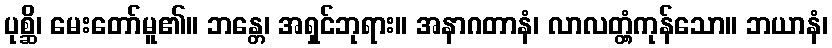
ပုစ္ဆိ၊ မေးတော်မူ၏။ ဘန္တေ၊ အရှင်ဘုရား။ အနာဂတာနံ၊ လာလတ္တံ့ကုန်သော။ ဘယာနံ၊